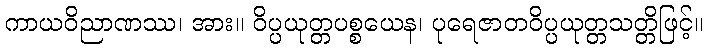
ကာယဝိညာဏဿ၊ အား။ ဝိပ္ပယုတ္တပစ္စယေန၊ ပုရေဇာတဝိပ္ပယုတ္တသတ္တိဖြင့်။